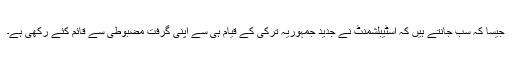
جیسا کہ سب جانتے ہیں کہ اسٹیبلشمنٹ نے جدید جمہوریہ ترکی کے قیام ہی سے اپنی گرفت مضبوطی سے قائم کئے رکھی ہے۔